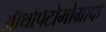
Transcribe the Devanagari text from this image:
ऑर्थोपैंटोमोग्राफ